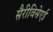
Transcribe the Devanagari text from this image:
सैरीविसेएई